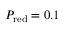
P _ { \mathrm { r e d } } = 0 . 1